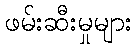
ဖမ်းဆီးမှုများ